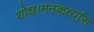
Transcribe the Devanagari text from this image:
शोध।मनकर्त्यास